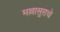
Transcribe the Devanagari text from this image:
मल्लासुराचे